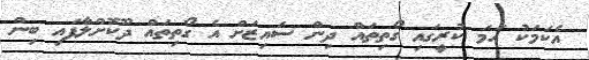
އެކަމަކު ހަމަ ކުރީގައި ގޯތިތައް ދިން ސައިޒަށް އެ ގޯތިތައް ދޫކޮށްލާފައި ބިން